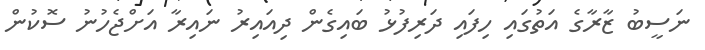
ނަސީބު ޒާރާގެ އަތުގައި ހިފައި ދަރިފުޅު ބައިގެން ދިއައިރު ނައިރާ އަށްޖެހުނު ސޮކުން